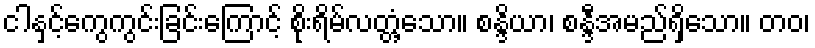
ငါနှင့်ကွေကွင်းခြင်းကြောင့် စိုးရိမ်လတ္တံ့သော။ စန္ဒိယာ၊ စန္ဒီအမည်ရှိသော။ တဝ၊